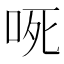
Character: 𭇟